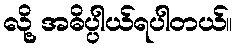
လို့ အဓိပ္ပါယ်ရပါတယ်။